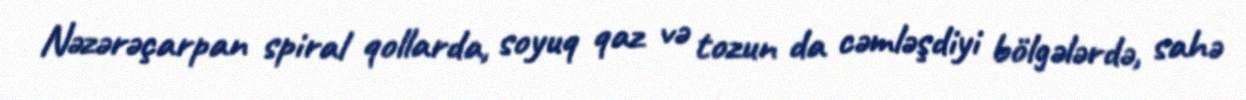
Nəzərəçarpan spiral qollarda, soyuq qaz və tozun da cəmləşdiyi bölgələrdə, sahə